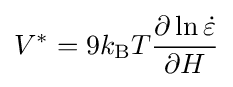
V^{*}=9k_{\text{B}}T{\frac {\partial \ln {\dot {\varepsilon }}}{\partial H}}